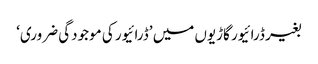
بغیر ڈرائیور گاڑیوں میں ’ڈرائیور کی موجودگی ضروری‘